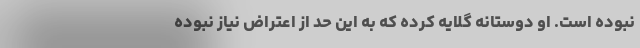
نبوده است. او دوستانه گلایه کرده که به این حد از اعتراض نیاز نبوده